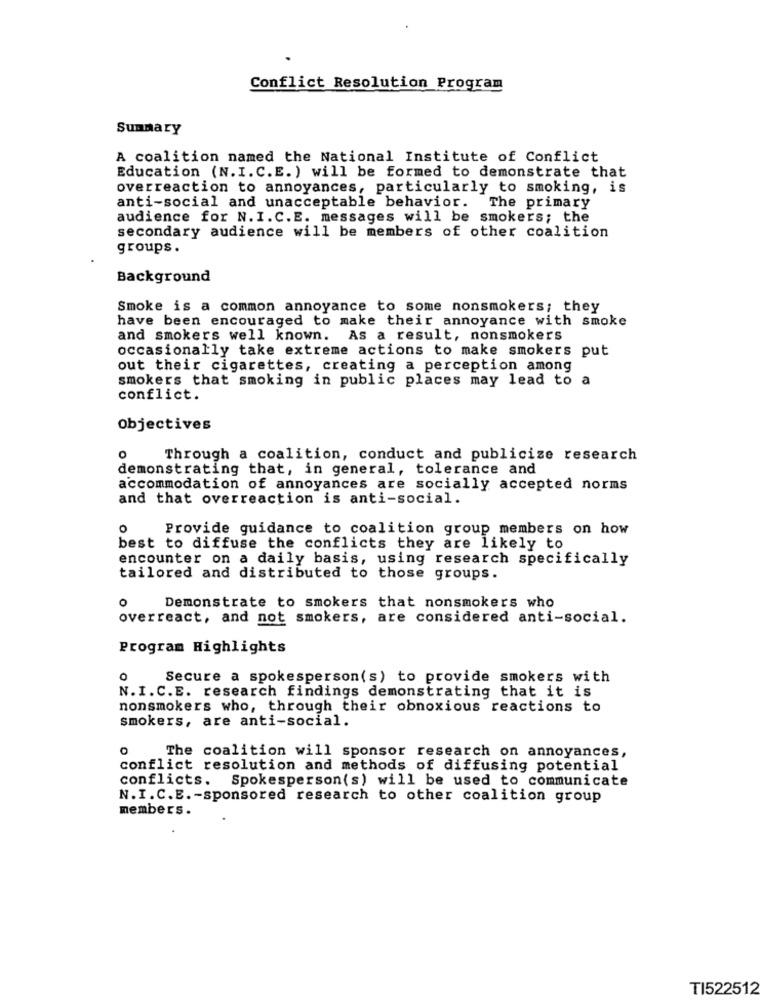
Conflict Resolution Program
Summary
A coalition named the National Institute of Conflict
Education (N.I.C.E. ) will be formed to demonstrate that
overreaction to annoyances, particularly to smoking, is
anti-social and unacceptable behavior. The primary
audience for N. I. C.E. messages will be smokers; the
secondary audience will be members of other coalition
groups.
Background
Smoke is a common annoyance to some nonsmokers; they
have been encouraged to make their annoyance with smoke
and smokers well known. As a result, nonsmokers
occasionally take extreme actions to make smokers put
out their cigarettes, creating a perception among
smokers that smoking in public places may lead to a
conflict.
Objectives
0
Through a coalition, conduct and publicize research
demonstrating that, in general, tolerance and
accommodation of annoyances are socially accepted norms
and that overreaction is anti-social.
Provide guidance to coalition group members on how
best to diffuse the conflicts they are likely to
encounter on a daily basis, using research specifically
tailored and distributed to those groups.
Demonstrate to smokers that nonsmokers who
overreact, and not smokers, are considered anti-social.
Program Highlights
o
Secure a spokesperson(s) to provide smokers with
N.I.C.E. research findings demonstrating that it is
nonsmokers who, through their obnoxious reactions to
smokers, are anti-social.
The coalition will sponsor research on annoyances,
conflict resolution and methods of diffusing potential
conflicts. Spokesperson(s) will be used to communicate
N. I.C.E .- sponsored research to other coalition group
members.
TI522512